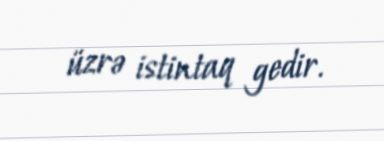
üzrə istintaq gedir.